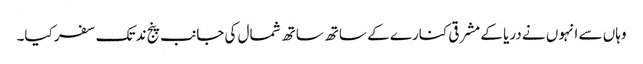
وہاں سے انہوں نے دریا کے مشرقی کنارے کے ساتھ ساتھ شمال کی جانب پنج ند تک سفر کیا۔